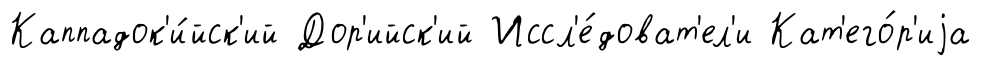
Каппадок'и́йск'ий Дор'ийск'ий Иссл'е́доват'ел'и Кат'его́р'иjа